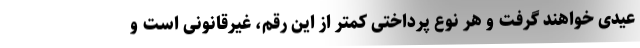
عیدی خواهند گرفت و هر نوع پرداختی کمتر از این رقم، غیرقانونی است و